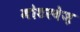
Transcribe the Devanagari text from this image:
मोटरवेज़